Annual administration report of the Civil Veterinary Department of India - 1895-1896
Year: 1895
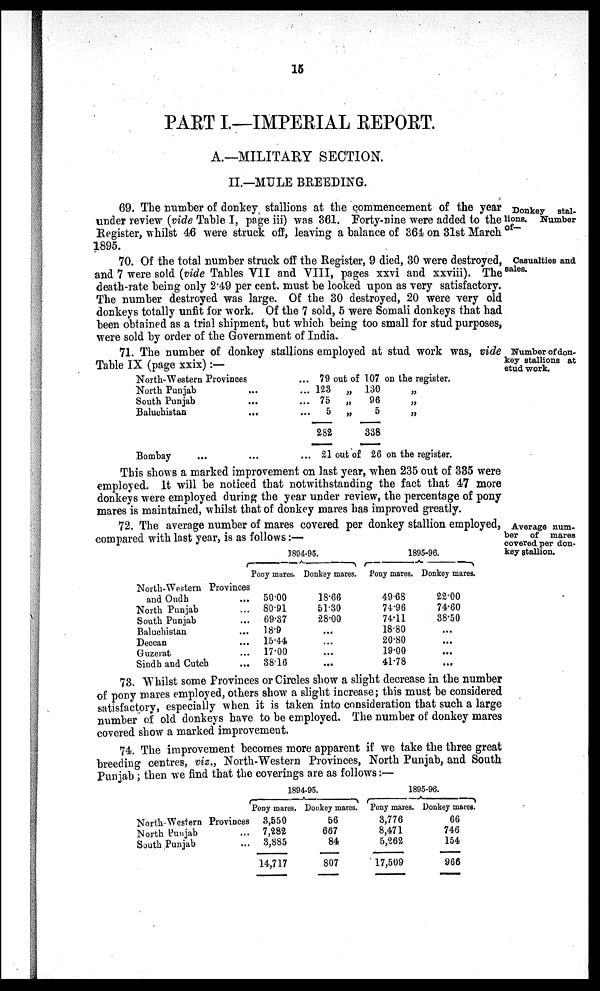
15
PART I.—IMPERIAL REPORT.
A.—MILITARY SECTION.
II.—MULE BREEDING.
Donkey stal-
lions. Number
of-
69. The number of donkey stallions at the commencement of the year
under review (vide Table I, page iii) was 361. Forty-nine were added to the
Register, whilst 46 were struck off, leaving a balance of 364 on 31st March
1895.
Casualties and
sales.
70. Of the total number struck off the Register, 9 died, 30 were destroyed,
and 7 were sold (vide Tables VII and VIII, pages xxvi and xxviii). The
death-rate being only 2.49 per cent. must be looked upon as very satisfactory.
The number destroyed was large. Of the 30 destroyed, 20 were very old
donkeys totally unfit for work. Of the 7 sold, 5 were Somali donkeys that had
been obtained as a trial shipment, but which being too small for stud purposes,
were sold by order of the Government of India.
Number of don-
key stallions at
stud work.
71. The number of donkey stallions employed at stud work was, vide
Table IX (page xxix):—
North-Western Provinces ...
North Punjab ... ...
South Punjab ... ...
Baluchistan ... ...
Bombay ... ... ....
79
123
75
5
282
21
out of
„
„
„
out of
107
130
96
5
338
26
on the register.
„
„
„
on the register.
This shows a marked improvement on last year, when 235 out of 335 were
employed. It will be noticed that notwithstanding the fact that 47 more
donkeys were employed during the year under review, the percentage of pony
mares is maintained, whilst that of donkey mares has improved greatly.
Average num-
ber of mares
covered per don-
key stallion.
72. The average number of mares covered per donkey stallion employed,
compared with last year, is as follows:—
North-Western Provinces
and Oudh ...
North Punjab...
South Punjab...
Baluchistan...
Deccan...
Guzerat...
Sindh and Cutch...
1894-95.
Pony mares.
50.00
80.91
69.37
18.9
15.44
17.00
38.16
Donkey mares.
18.66
51.30
28.00
...
...
...
...
1895-96.
Pony mares.
49.68
74.96
74.11
18.80
20.80
19.00
41.78
Donkey mares.
22.00
74.60
38.50
...
...
...
...
73. Whilst some Provinces or Circles show a slight decrease in the number
of pony mares employed, others show a slight increase; this must be considered
satisfactory, especially when it is taken into consideration that such a large
number of old donkeys have to be employed. The number of donkey mares
covered show a marked improvement.
74. The improvement becomes more apparent if we take the three great
breeding centres, viz., North-Western Provinces, North Punjab, and South
Punjab; then we find that the coverings are as follows:—
North Western Provinces
North
Punjab...
South Punjab...
1894-95.
Pony mares.
3,550
7,282
3,885
14,717
Donkey mares.
56
667
84
807
1895-96.
Pony mares.
3,776
8,471
5,262
17,509
Donkey mares.
66
746
154
966